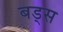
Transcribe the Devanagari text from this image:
बड्स